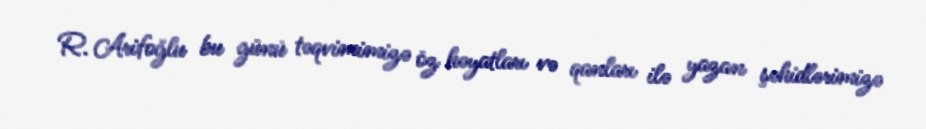
R. Arifoğlu bu günü təqvimimizə öz həyatları və qanları ilə yazan şəhidlərimizə